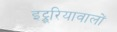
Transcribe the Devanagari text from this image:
इट्रूरियावालों